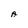
Character: A